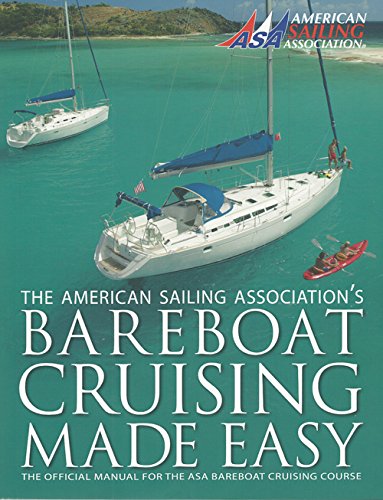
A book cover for Bareboat Cruising Made Easy; American Sailing Association; Sports & Outdoors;